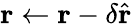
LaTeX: \mathbf r\gets\mathbf r-\delta\hat{\mathbf r}